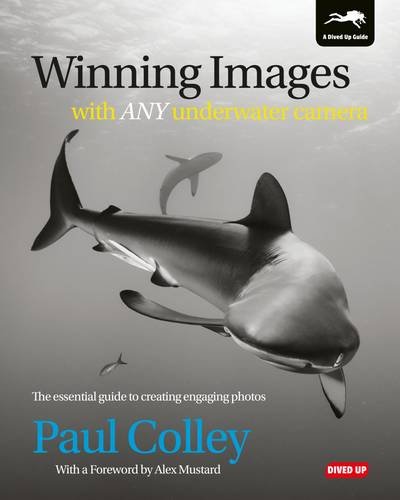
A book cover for Winning Images with Any Underwater Camera: The essential guide to creating engaging photos; Paul Colley; Sports & Outdoors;